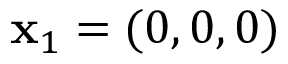
\mathbf { x } _ { 1 } = ( 0 , 0 , 0 )